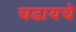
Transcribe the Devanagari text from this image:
चढायचे